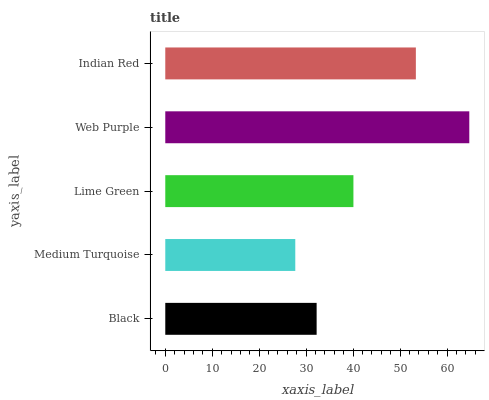
| yaxis_label | bars |
 | --- | --- |
 | Black | 32.2 |
 | Medium Turquoise | 27.7 |
 | Lime Green | 40.1 |
 | Web Purple | 64.7 |
 | Indian Red | 53.4 |